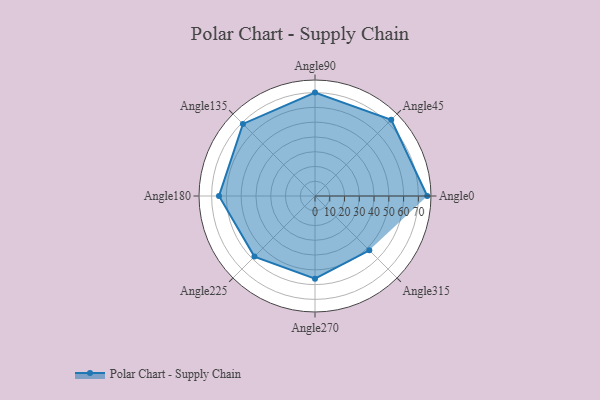
{"axis": {"x": "Angle", "y": "Radius"}, "legend": [""], "data": [{"x": "Angle0", "y": 76.0, "type": ""}, {"x": "Angle45", "y": 73.0, "type": ""}, {"x": "Angle90", "y": 70.0, "type": ""}, {"x": "Angle135", "y": 69.0, "type": ""}, {"x": "Angle180", "y": 65.0, "type": ""}, {"x": "Angle225", "y": 58.0, "type": ""}, {"x": "Angle270", "y": 56.0, "type": ""}, {"x": "Angle315", "y": 52.0, "type": ""}]}